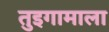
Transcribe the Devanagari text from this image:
तुइगामाला